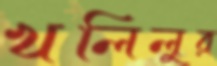
খলিলুর